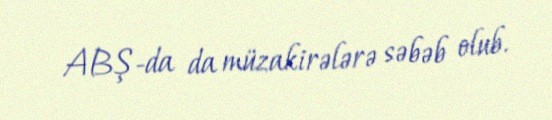
ABŞ-da da müzakirələrə səbəb olub.